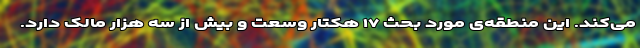
می‌کند. این منطقه‌ی مورد بحث ۱۷ هکتار وسعت و بیش از سه هزار مالک دارد.